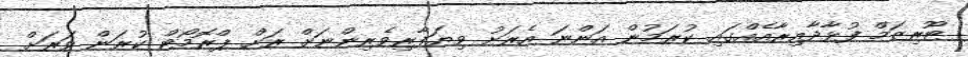
ޓޫރިޒަމް ފުޅާދާއިރާއެއްގައި ކުރަމުން އަންނަ އެރަށު ވިިޔަފާރިވެރިންނަށް ރަށް ޕްރޮމޯޓް ކުރަން ވަރަށް